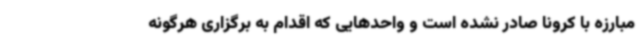
مبارزه با کرونا صادر نشده است و واحدهایی که اقدام به برگزاری هرگونه